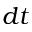
d t